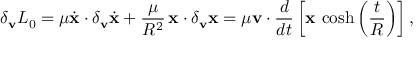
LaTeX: \delta _ { \bf v } { \cal L } _ { 0 } = \mu \dot { \bf x } \cdot \delta _ { \bf v } \dot { \bf x } + \frac { \mu } { R ^ { 2 } } \, { \bf x } \cdot \delta _ { \bf v } { \bf x } = \mu { \bf v } \cdot \frac { d } { d t } \left[ { \bf x } \, \cosh \left( \frac { t } { R } \right) \right] ,